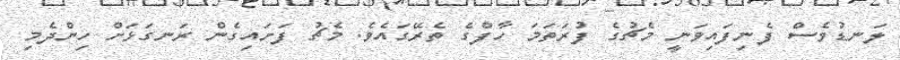
ލަނޑުވެސް ފެނިފައިވަނީ މެޗުގެ ފުރަތަމަ ހާފްގެ ތެރޭގައެވެ. މެޗު ފަށައިގެން ރަނގަޅަށް ހިންދެމި